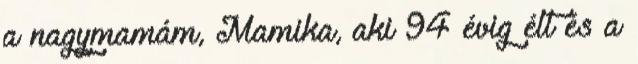
a nagymamám, Mamika, aki 94 évig élt és a